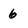
Character: 6